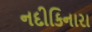
નદીકિનારા